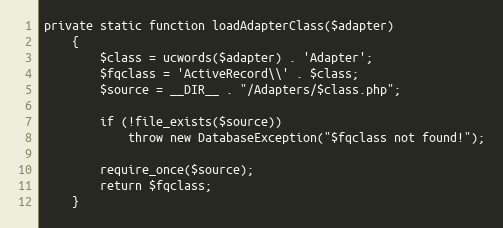
Language: PHP
private static function loadAdapterClass($adapter)
	{
		$class = ucwords($adapter) . 'Adapter';
		$fqclass = 'ActiveRecord\\' . $class;
		$source = __DIR__ . "/Adapters/$class.php";

		if (!file_exists($source))
			throw new DatabaseException("$fqclass not found!");

		require_once($source);
		return $fqclass;
	}